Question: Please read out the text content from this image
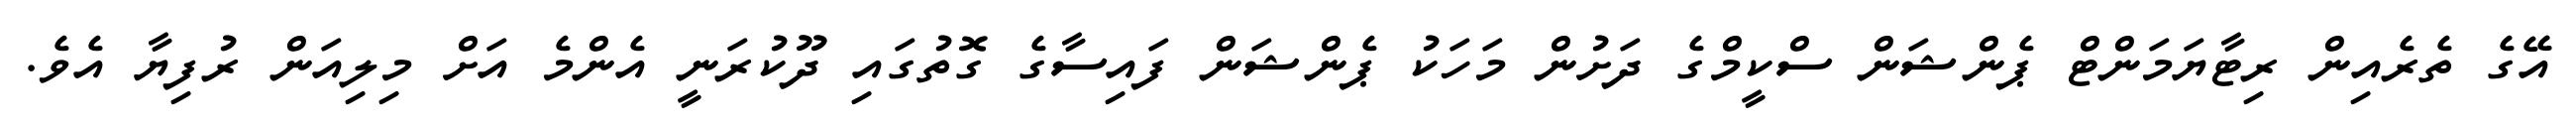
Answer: އޭގެ ތެރެއިން ރިޓާޔަމަންޓް ޕެންޝަން ސްކީމްގެ ދަށުން މަހަކު ޕެންޝަން ފައިސާގެ ގޮތުގައި ދޫކުރަނީ އެންމެ އަށް މިލިއަން ރުފިޔާ އެވެ.